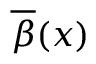
{ \overline { { \beta } } } ( x )